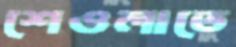
শেওলাতে